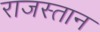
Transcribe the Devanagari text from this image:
राजस्तान